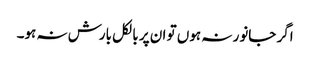
اگر جانور نہ ہوں تو ان پر بالکل بارش نہ ہو۔